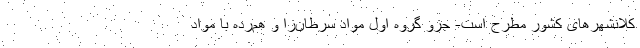
کلانشهرهای کشور مطرح است- جزو گروه اول مواد سرطان‌زا و هم‌رده با مواد